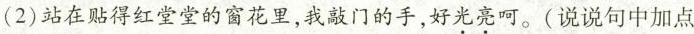
(2)站在贴得红堂堂的窗花里，我敲门的手，好光亮呵。(说说句中加点